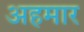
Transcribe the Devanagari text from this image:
अहमार